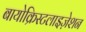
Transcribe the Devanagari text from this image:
बायोक्रिस्टलाइज़ेशन